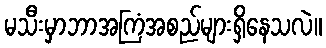
မသီးမှာဘာအကြံအစည်များရှိနေသလဲ။